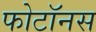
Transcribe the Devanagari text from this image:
फोटॉनस